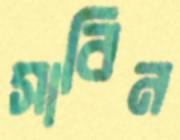
সাবিন